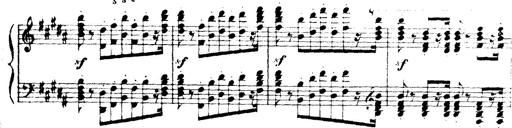
Title: Wagner-Liszt Album
Composer: Franz Liszt